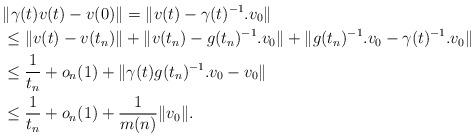
LaTeX: \begin{align*}& \| \gamma(t) v(t) - v(0) \| = \|v(t) - \gamma(t)^{-1}. v_0 \| \\& \le \| v(t) - v(t_n) \| + \| v(t_n) - g(t_n)^{-1} . v_0 \| + \| g(t_n)^{-1} . v_0 - \gamma(t)^{-1}. v_0 \| \\& \le \frac{1}{t_n} + o_n(1) + \| \gamma(t)g(t_n)^{-1} . v_0 - v_0 \| \\& \le \frac{1}{t_n} + o_n(1) + \frac{1}{m(n)} \| v_0 \|.\end{align*}